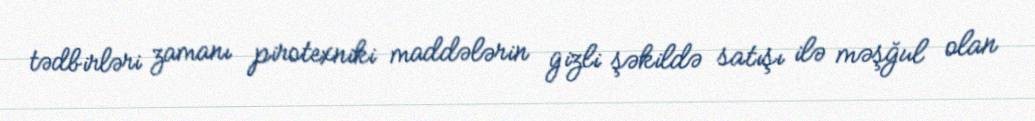
tədbirləri zamanı pirotexniki maddələrin gizli şəkildə satışı ilə məşğul olan